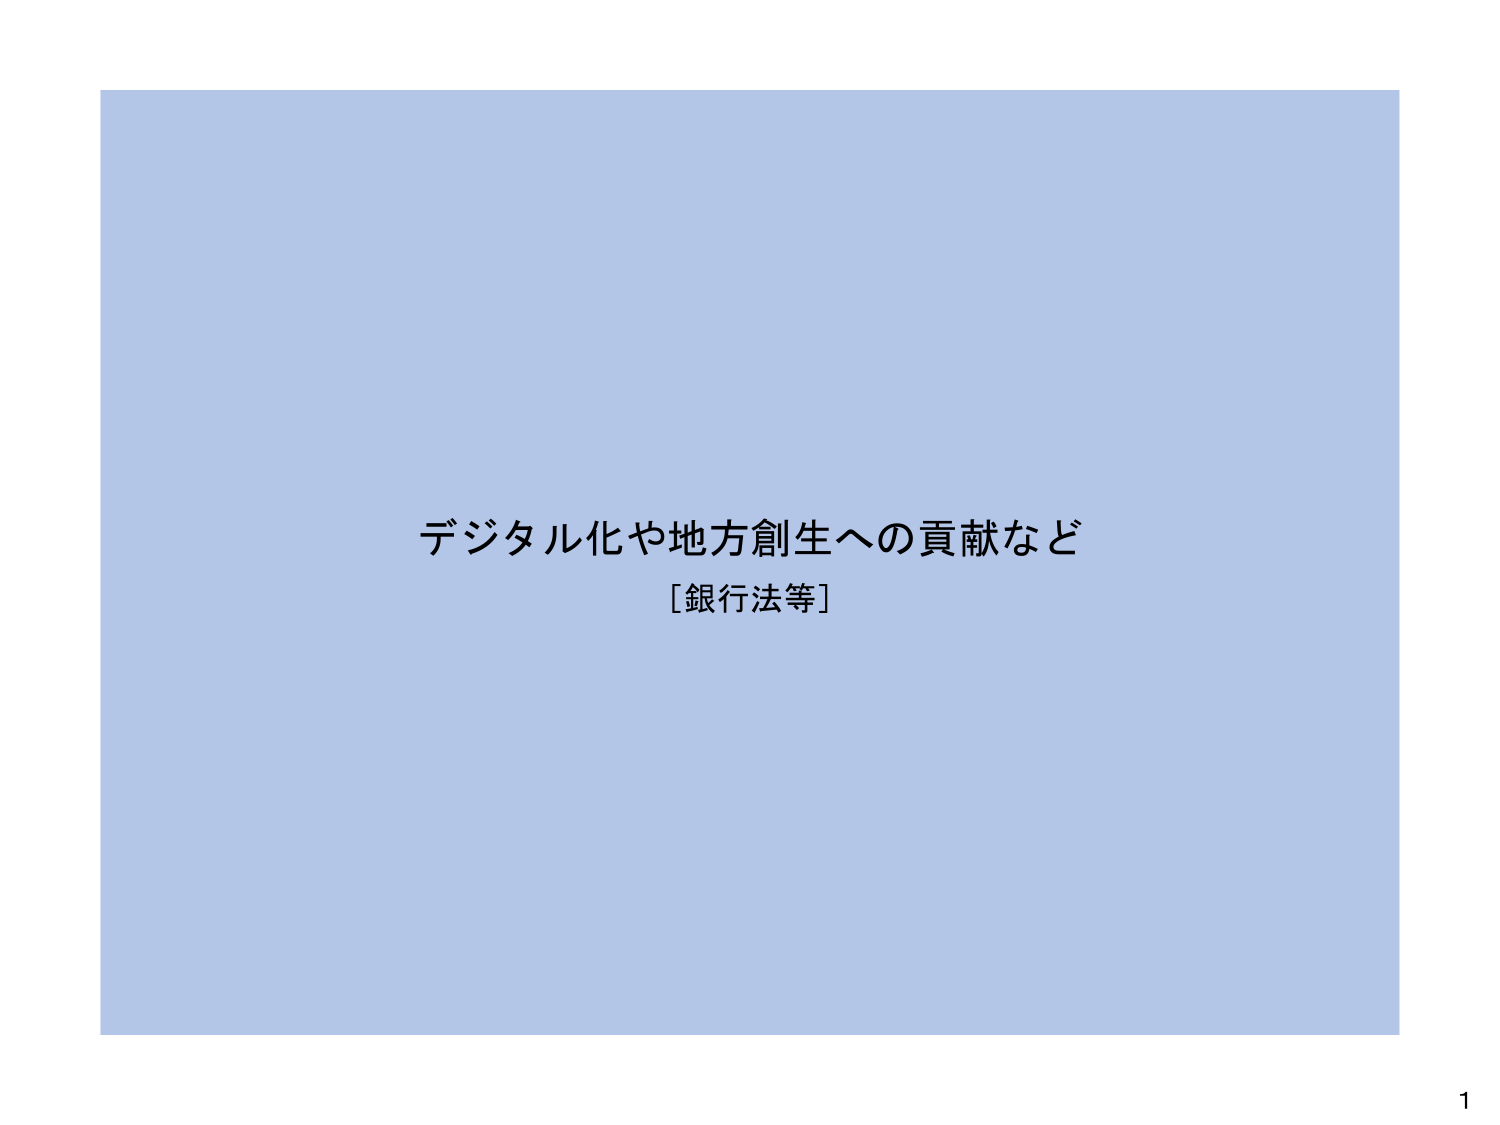
デジタル化や地方創生への貢献など
［銀行法等］
1